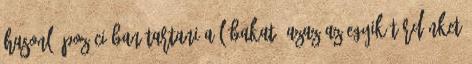
hasonló pozícióban tartani a lábakat, azaz az egyik térdünket